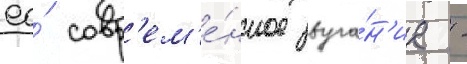
ео́ совр'ем'е́нное звуча́н'ие -